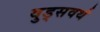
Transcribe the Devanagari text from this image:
वुड्सवर्थ